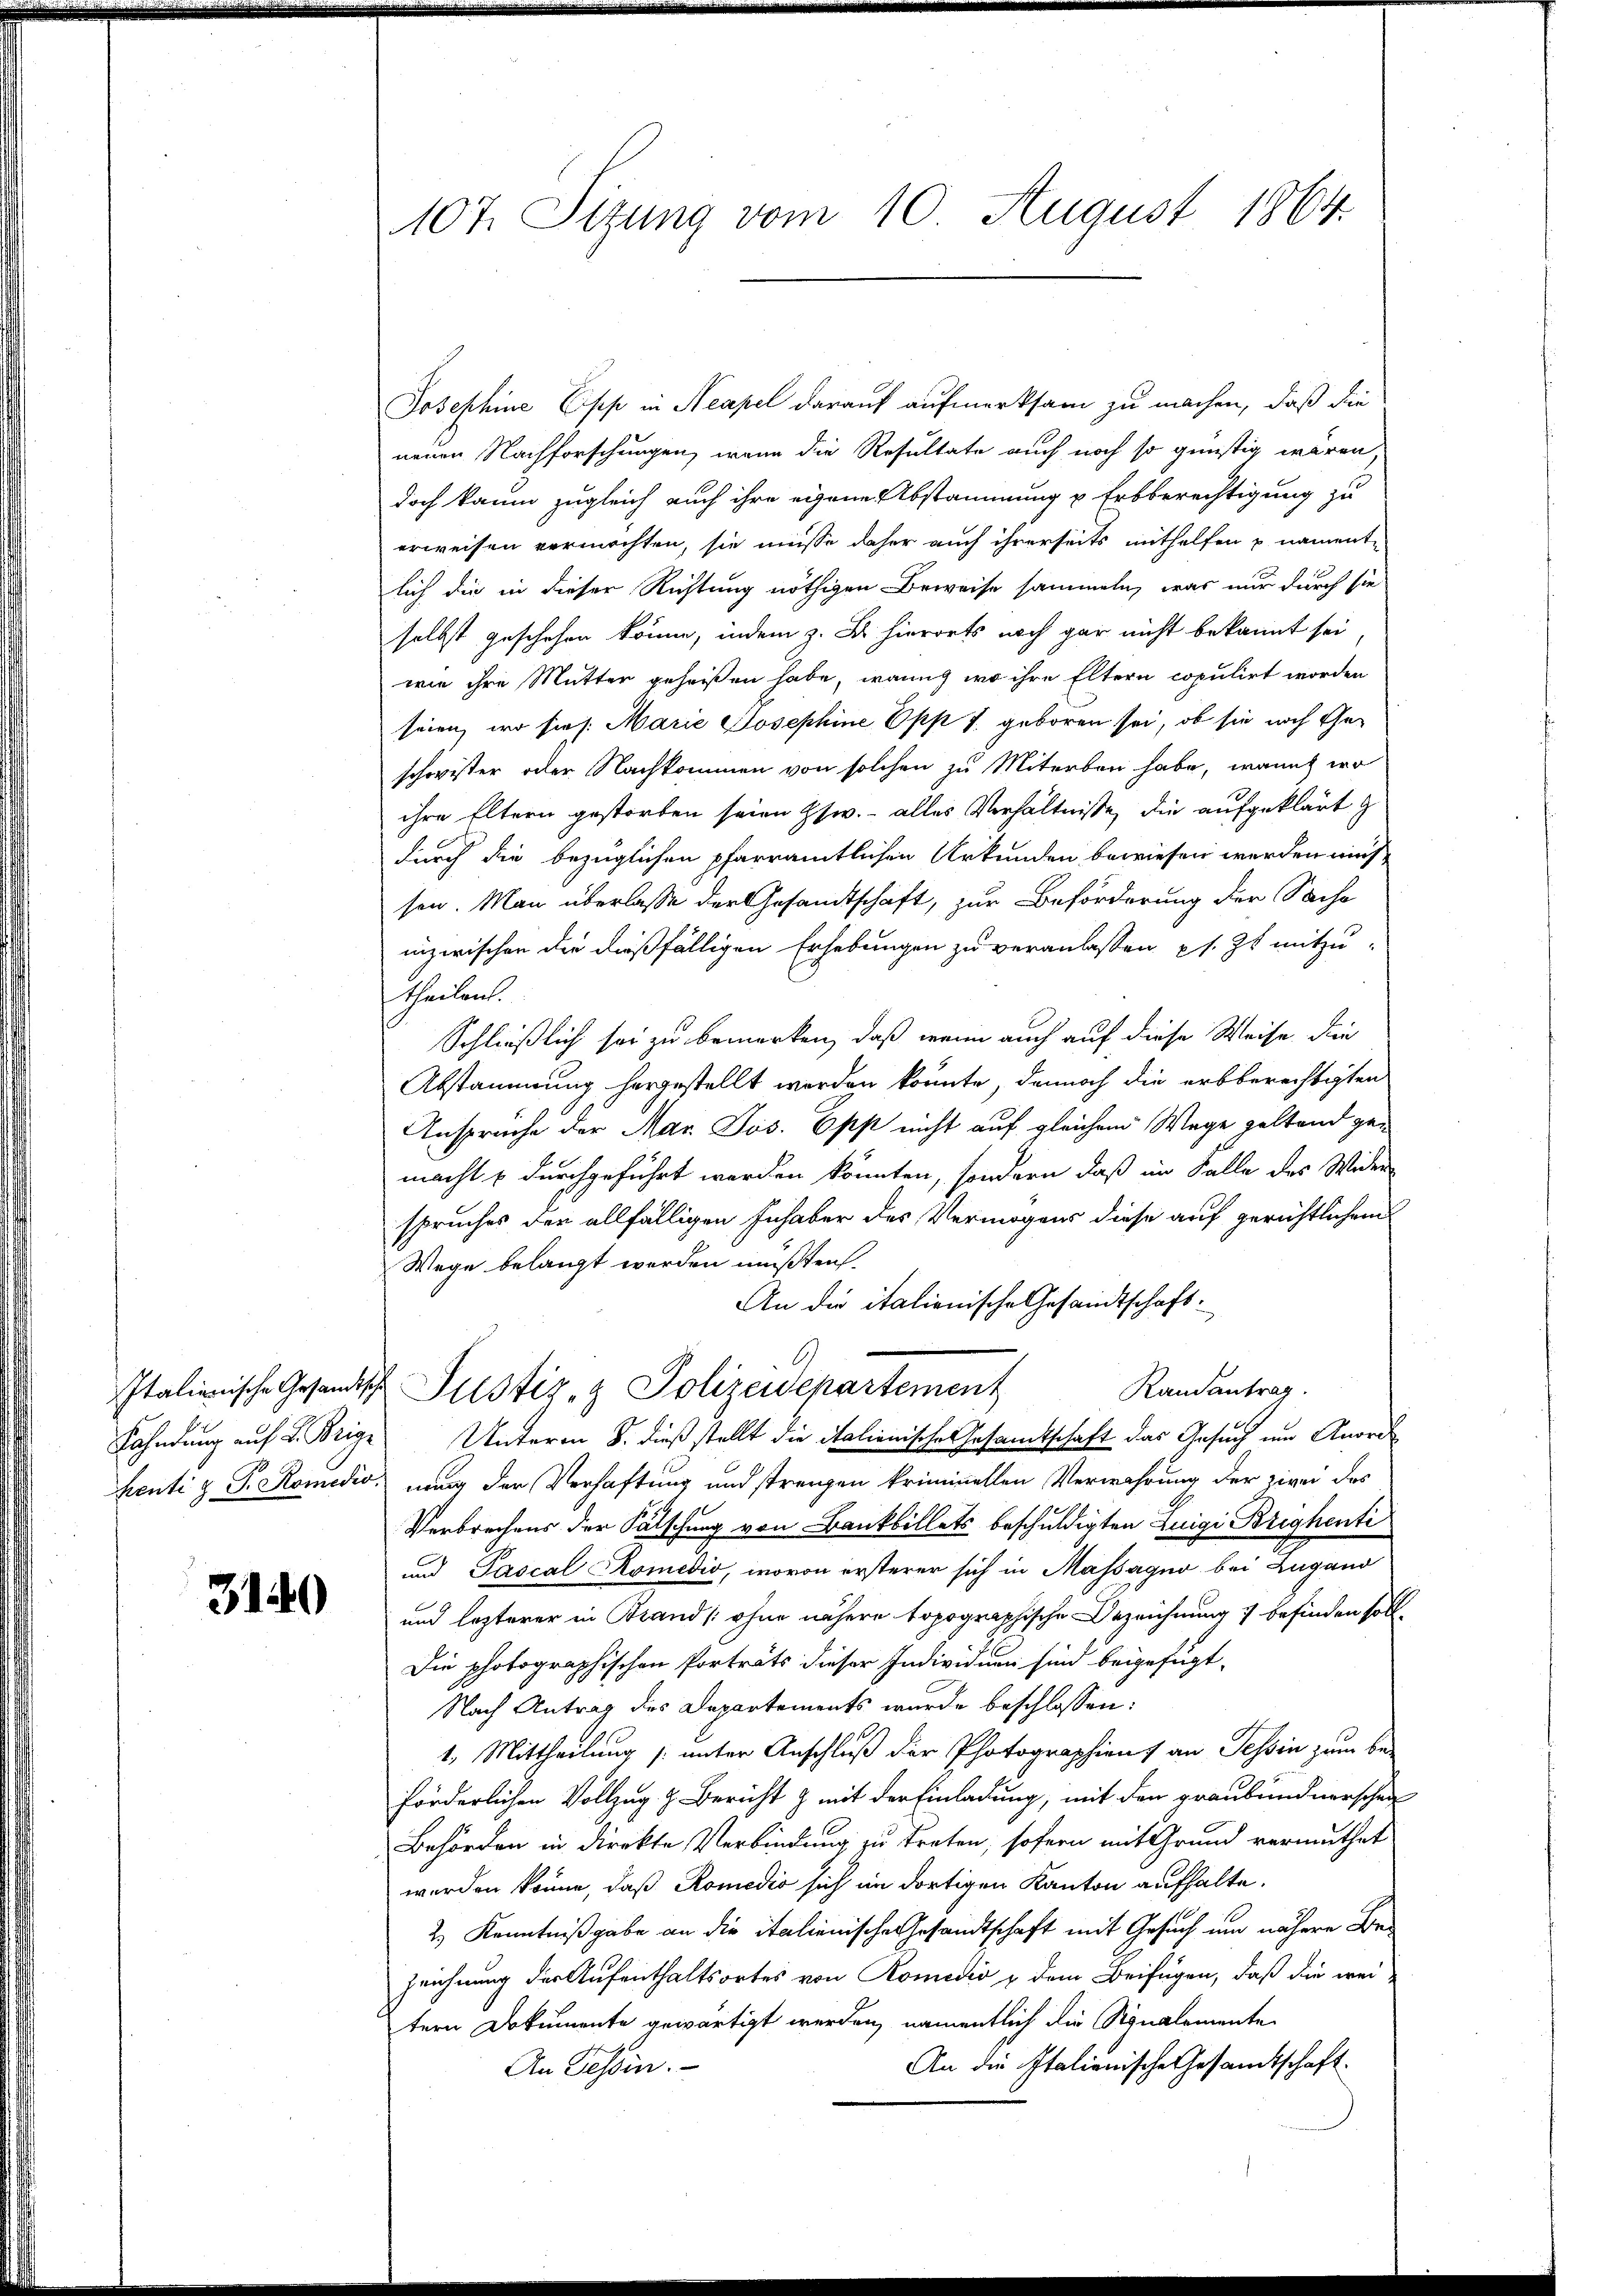
Fahndung auf L. Weige
henti z. T. Komedio.

3140

107. Sizung vom 10. August 1864.

Josephine Epp in Neapel darauf aufmerksam zu machen, daß die
neuen Nachforschungen, wenn die Resultate auch noch so günstig wären
doch kaum zugleich auch ihre eigene Abstammung u Erbberechtigung zu
erweisen vermöchten, sie müsse daher auch ihrerseits mithelfen u. namentlich die in dieser Richtung nöthigen Beweise sammeln, was nur durch sie
selbst geschehen könne, indem z. B. hierorts noch gar nicht bekannt sei
wie ihre Mutter geheißen habe, wenig wo ihre Eltern copulirt worden
seien, wo sie s. Marie Josephine Opp T. geboren sei, ob sie noch theschwister oder Nachkommen von solchen zu Miterbau habe, womit wo
ihre Eltern gestorben seien usw. - alles Verhältnisse, die aufgeklärt
durch die bezüglichen pfarramtlichen Urkunden bewiesen werden müs-
sen. Man überlasse der Gesandtschaft, zur Beförderung der Sache
inzwischen die dießfälligen Erhebungen zu veranlassen s. Zt. mitzu-
theilen.
Schließlich sei zu bemerken, daß wenn auch auf diese Weise die
Abstammung hergestellt werden könnte, dennoch die erbberechtigten
Anspruche der Mar. Jos. Opp nicht auf gleichem Wege geltend gen
macht u durchgeführt werden könnten, sondern daß im Falle des Wider
spruches der allfälligen Inhaber des Vermögens diese auf gerichtlichem
Wege belangt worden mußten.
An die italienische Gesandtschaft:
6
Randantrag.
Italienische Gesandtsche Justiz- & Polizeidepartement
Unterm 8. dieß stellt die italienische Gesamtschaft das Gesuch um Anord
nung der Verhaftung und strengen kriminellen Verwahrung der zwei des
Verbrechens der Fälschung von Bankbillets beschuldigten Zuigi Brighenti
und Pascal Komedio, wovon ersterer sich in Massagio bei Lugand
und lezterer in Brand (ohne nähere topographische Bezeichnung u befinden soll¬
Die photographischen Porträts dieser Individuen sind beigefügt,
Nach Antrag des Departements wurde beschlossen:
1. Mittheilung /: unter Anschluß der Photographien an Tessin zum be-
förderlichen Vollzug z. Bericht & mit der Einladung, mit den graubündnerschen
Behörden in direkte Verbindung zu treten, sofern mit Grund vermuthet
werden könne, daß Romedio sich im dortigen Kanton aufhalte.
2.) Kenntnißgabe an die italienische Gesandtschaft mit Gesuch um nähere Bezeichnung der Aufenthaltsortes von Romedii & dem Beifügen, daß die weitern Dokumente gewärtigt werden, namentlich die Stonalemente
An die Italienische Gesandtschaft.
An Tessin.